Report on sanitation, dispensaries, and jails in Rajputana for 1920, and on vaccination for the year 1920-1921 - 1920-1921
Year: 1920
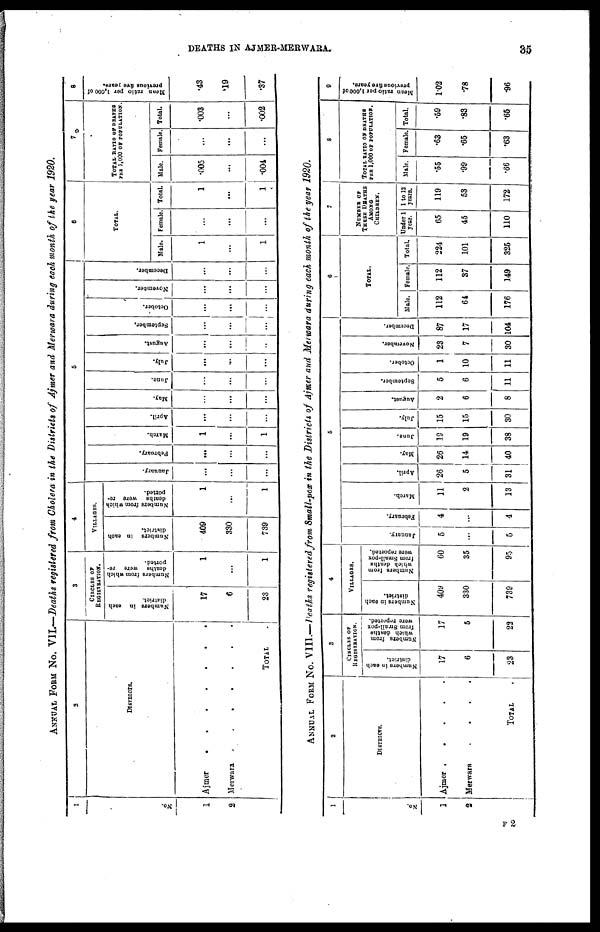
DEATHS IN AJMER-MERWARA.
35
ANNUAL FORM No. VII.—Deaths registered from Cholera in the Districts of Ajmer and Merwara during each month of the year 1920.
1
No.
1
2
2
DISTRICTS.
Ajmer
.
.
.
.
.
Merwara
.
.
.
.
TOTAL
3
CIRCLES OF
REGISTRATION.
Numbers in each
district.
17
6
23
Numbers from which
deaths were re-
ported.
1
...
1
4
VILLAGES.
Numbers in each
district.
409
330
739
Numbers from which
deaths were re-
ported.
1
...
1
5
January.
...
...
...
February.
...
...
...
March.
1
...
1
April.
...
...
...
May.
...
...
...
June.
...
...
...
July.
...
...
...
August.
...
...
...
September.
...
...
...
October.
...
...
...
November.
...
...
...
December.
...
...
...
6
TOTAL.
Male.
1
...
1
Female.
...
...
...
Total.
1
...
1
7
TOTAL RATIO OF DEATHS
PER 1,000 OF POPULATION.
Male.
.005
...
.004
Female.
...
...
...
Total.
.003
...
.002
8
Mean ratio per 1,000 of
previous five years.
.43
.19
.37
ANNUAL FROM No. VIII.—Deaths registered from Small-pox in the Districts of Ajmer and Merwara during each month of the year 1920.
1
No.
1
2
2
DISTRICTS.
Ajmer . . . . . .
Merwara
.
.
.
.
TOTAL .
3
CIRCLES OF
REGISTRATION.
Numbers in each
district.
17
6
23
Numbers from
which deaths
from Small-pox
were reported.
17
5
22
4
VILLAGES.
Numbers in each
district.
409
330
739
Numbers from
which deaths
from Small-pox
were reported.
60
35
95
5
January.
5
...
5
February.
4
...
4
March.
11
2
13
April.
26
5
31
May.
26
14
40
June.
19
19
38
July.
15
15
30
August.
2
6
8
September.
5
6
11
October.
1
10
11
November.
23
7
30
December.
87
17
104
6
TOTAL.
Male.
112
64
176
Female.
112
37
149
Total.
224
101
325
7
NUMBER OF
THESE DEATHS
AMONG
CHILDREN.
Under 1
year.
65
45
110
1 to 12
years.
119
53
172
8
TOTAL RATIO OF DEATHS
PER 1,000 OF POPULATION.
Male.
.55
.99
.66
Female
.63
.65
.63
Total.
.59
.83
.65
9
Mean ratio per 1,000 of
previous five years.
1.02
.78
.96
F 2